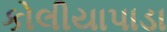
કોલીયાપાડા